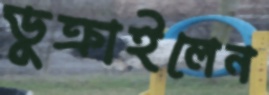
ডুক্‌রাইলেন